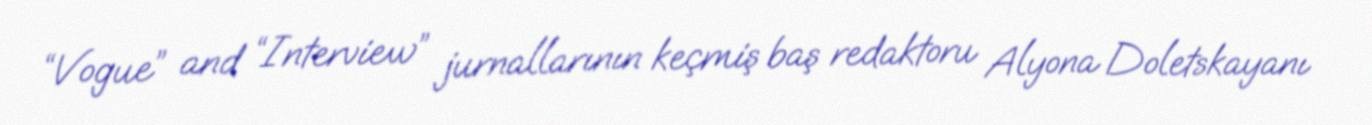
“Vogue” and “Interview” jurnallarının keçmiş baş redaktoru Alyona Doletskayanı